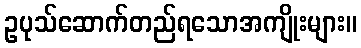
ဥပုသ်ဆောက်တည်ရသောအကျိုးများ။